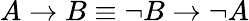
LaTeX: A\rightarrow B\equiv\lnot B\rightarrow\lnot A